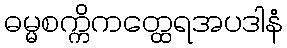
ဓမ္မစက္ကိကတ္ထေရအပဒါနံ